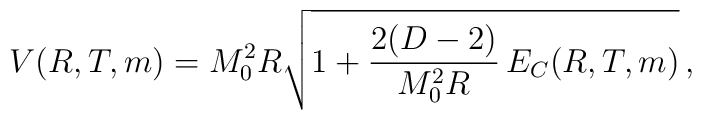
V(R,T,m)=M_0^2R\sqrt{1+\frac{2(D-2)}{M_0^2R}\,E_C(R,T,m)}\,{,}